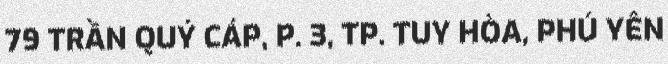
79 TRẦN QUÝ CÁP, P. 3, TP. TUY HÒA, PHÚ YÊN